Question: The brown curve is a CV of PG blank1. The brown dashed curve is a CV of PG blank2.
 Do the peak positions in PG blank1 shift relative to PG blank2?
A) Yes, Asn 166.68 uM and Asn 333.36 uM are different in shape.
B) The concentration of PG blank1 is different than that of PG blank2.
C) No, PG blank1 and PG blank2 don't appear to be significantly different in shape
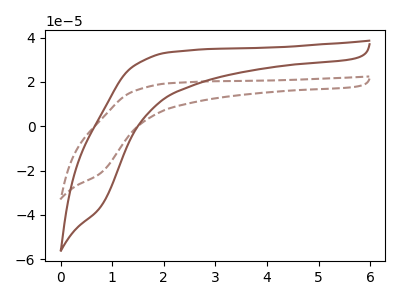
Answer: <think>The brown curve "PG blank1" has no peaks. The brown dashed curve "PG blank2" has no peaks.
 Neither "PG blank1" or "PG blank2" have any peaks.</think>
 <answer>C) No, "PG blank1" and "PG blank2" don't appear to be significantly different in shape</answer>
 <eval>C</eval>